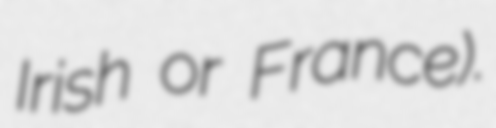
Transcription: Irish or France).